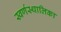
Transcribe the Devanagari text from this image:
स्वर्णस्थालिका